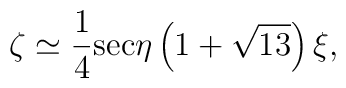
\zeta\simeq\frac{1}{4}{\rm sec}\eta\left(1+\sqrt{13}\right)\xi ,